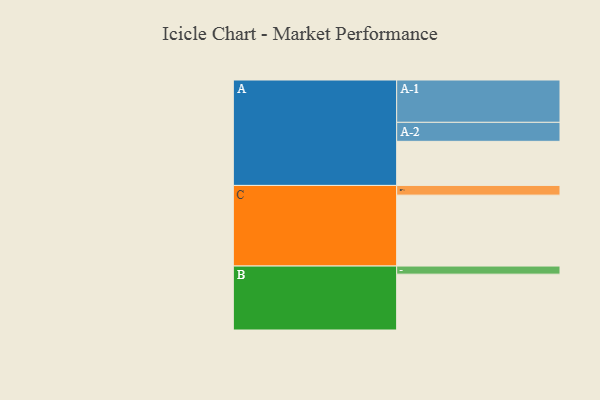
{"axis": {"x": "Segment", "y": "Value"}, "legend": ["", "A", "B", "C"], "data": [{"x": "A", "y": 304, "type": ""}, {"x": "B", "y": 385, "type": ""}, {"x": "C", "y": 489, "type": ""}, {"x": "A-1", "y": 292, "type": "A"}, {"x": "A-2", "y": 131, "type": "A"}, {"x": "B-1", "y": 56, "type": "B"}, {"x": "C-1", "y": 67, "type": "C"}]}